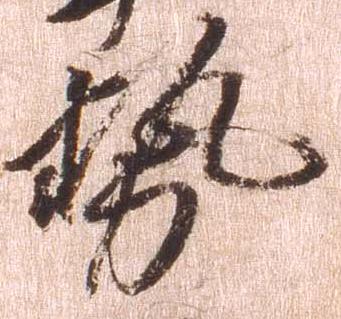
勢